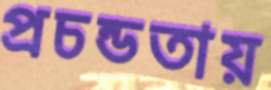
প্রচন্ডতায়